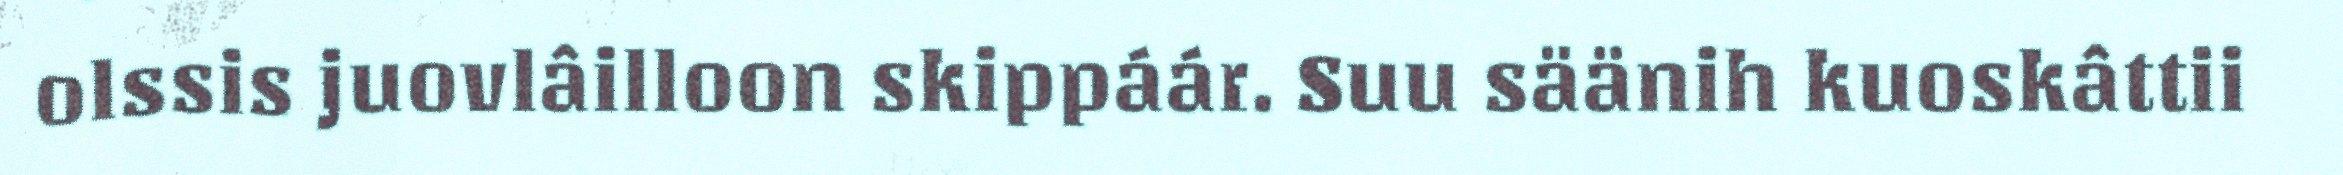
olssis juovlâilloon skippáár. Suu säänih kuoskâttii